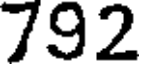
792